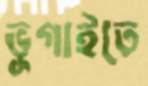
ভুগাইতে